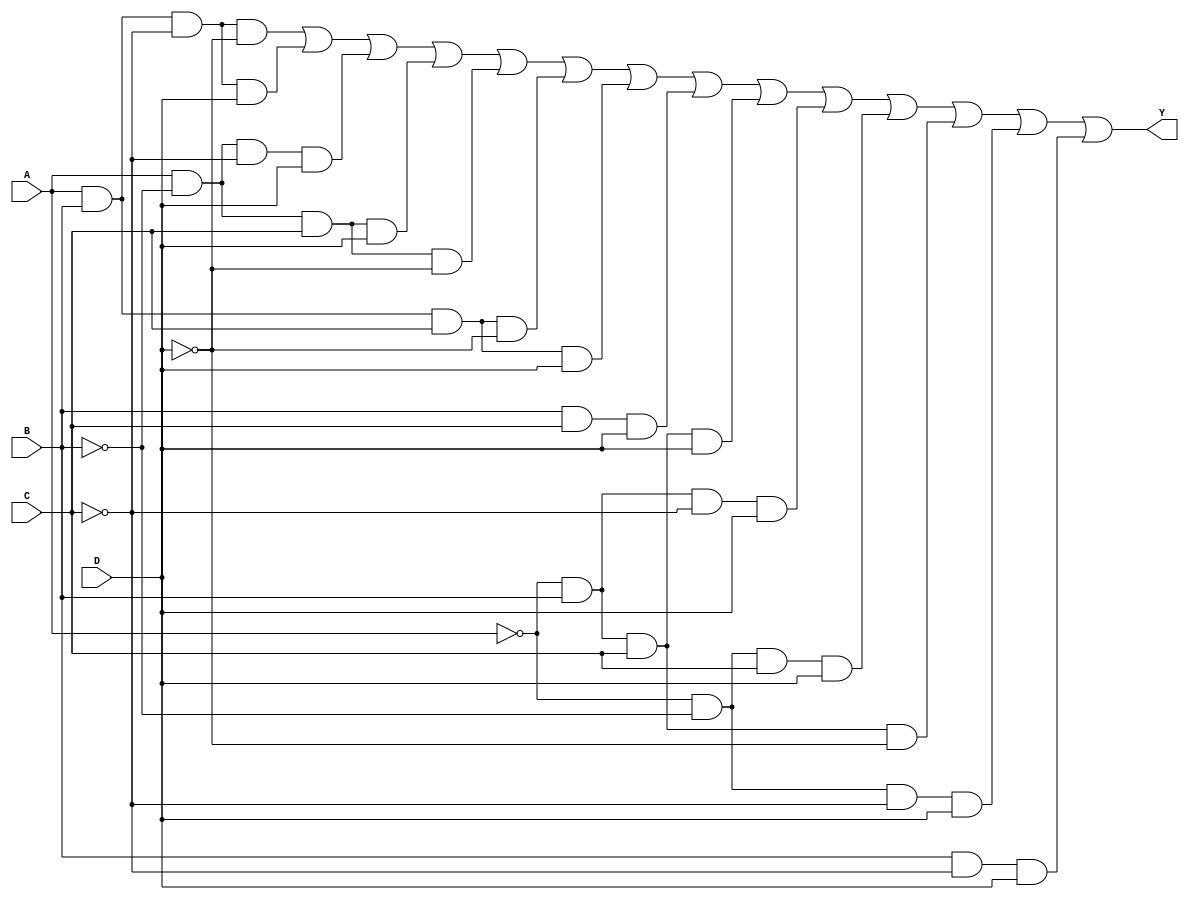
module four_variable_kmap (
    input wire A, // Input A
    input wire B, // Input B
    input wire C, // Input C
    input wire D, // Input D
    output wire Y // Output Y
);

// Define the output Y based on the K-map simplification
assign Y = (A & B & ~C & ~D) | // minterm 0
           (A & B & ~C & D)  | // minterm 1
           (A & ~B & ~C & D) | // minterm 2
           (A & ~B & C & D)  | // minterm 3
           (A & ~B & C & ~D)| // minterm 4
           (A & B & C & ~D)  | // minterm 5
           (A & B & C & D)   | // minterm 7
           (B & C & D)       | // minterm 15
           (~A & B & C & D)  | // minterm 14
           (~A & B & ~C & D) | // minterm 13
           (~A & ~B & C & D) | // minterm 12
           (~A & B & C & ~D)  | // minterm 9
           (~A & ~B & ~C & D) | // minterm 8
           (B & ~C & D);      // minterm 11

endmodule